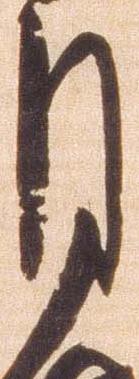
月